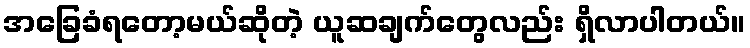
အခြေခံရတော့မယ်ဆိုတဲ့ ယူဆချက်တွေလည်း ရှိလာပါတယ်။